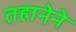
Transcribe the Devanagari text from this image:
तहानेने